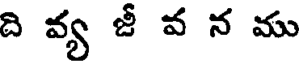
ది వ్య జీ వ న ము